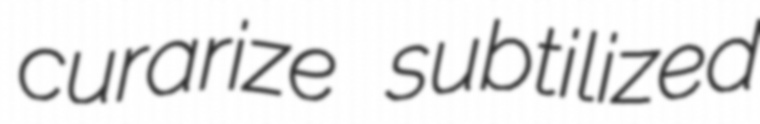
curarize subtilized